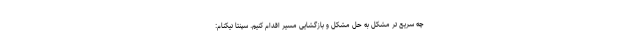
چه سریع تر مشکل به حل مشکل و بازگشایی مسیر اقدام کنیم. سپنتا نیکنام: